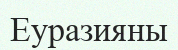
Еуразияны